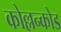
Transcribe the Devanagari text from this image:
कोल्लन्कोड